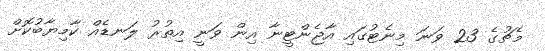
މެޗުގެ 23 ވަނަ މިނެޓުގައި އާޖެންޓީނާ އިން ވަނީ އިތުރު ލަނޑެއް ކާމިޔާބުކޮށް